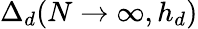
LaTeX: \Delta_{d}(N\rightarrow\infty,h_{d})